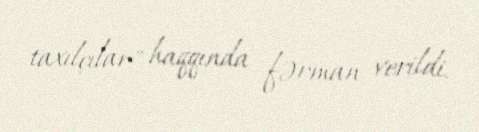
taxılçılar" haqqında fərman verildi.